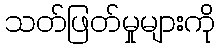
သတ်ဖြတ်မှုများကို